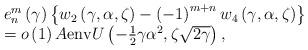
LaTeX: \begin{align*}\begin{array}[c]{l}e_{n}^{m}\left( \gamma\right) \left\{ {w_{2}\left( {\gamma,\alpha,\zeta}\right) -\left( {-1}\right) ^{m+n}w_{4}\left( {\gamma,\alpha,\zeta}\right) }\right\} \\=o\left( 1\right) A{\operatorname{env}}U\left( {-{\tfrac{1}{2}}\gamma\alpha^{2},\zeta\sqrt{2\gamma}}\right) ,\end{array}\end{align*}